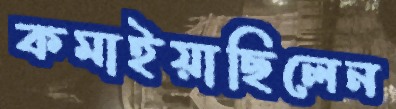
কমাইয়াছিলেন